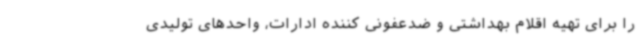
را برای تهیه اقلام بهداشتی و ضدعفونی کننده ادارات، واحدهای تولیدی